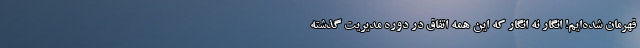
قهرمان شده‌ایم! انگار نه انگار که این همه اتفاق در دوره مدیریت گذشته